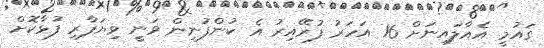
ގައުމީ އެއާލައިނަށް 16 އަހަރު ފުރޭއިރު އެ ކުންފުނިން ވަނީ ވިޔަފާރި ފުޅާކޮށް